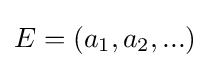
E=(a_{1},a_{2},...)